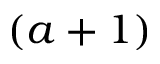
( a + 1 )